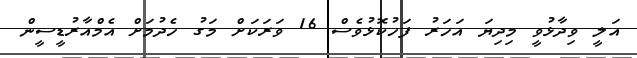
އަލީ ވިދާޅުވީ މިދިޔަ އަހަރު ފަހުކޮޅުވެސް 16 ވަރަކަށް މަގު ހެދުމަށް އެމްއާރުޑީސީން